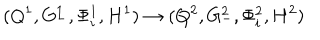
LaTeX: ( Q ^ { 1 } , G _ { - } ^ { 1 } , \Phi _ { i } ^ { 1 } , H ^ { 1 } ) \rightarrow ( Q ^ { 2 } , G _ { - } ^ { 2 } , \Phi _ { i } ^ { 2 } , H ^ { 2 } )